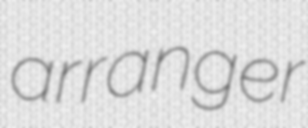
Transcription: arranger